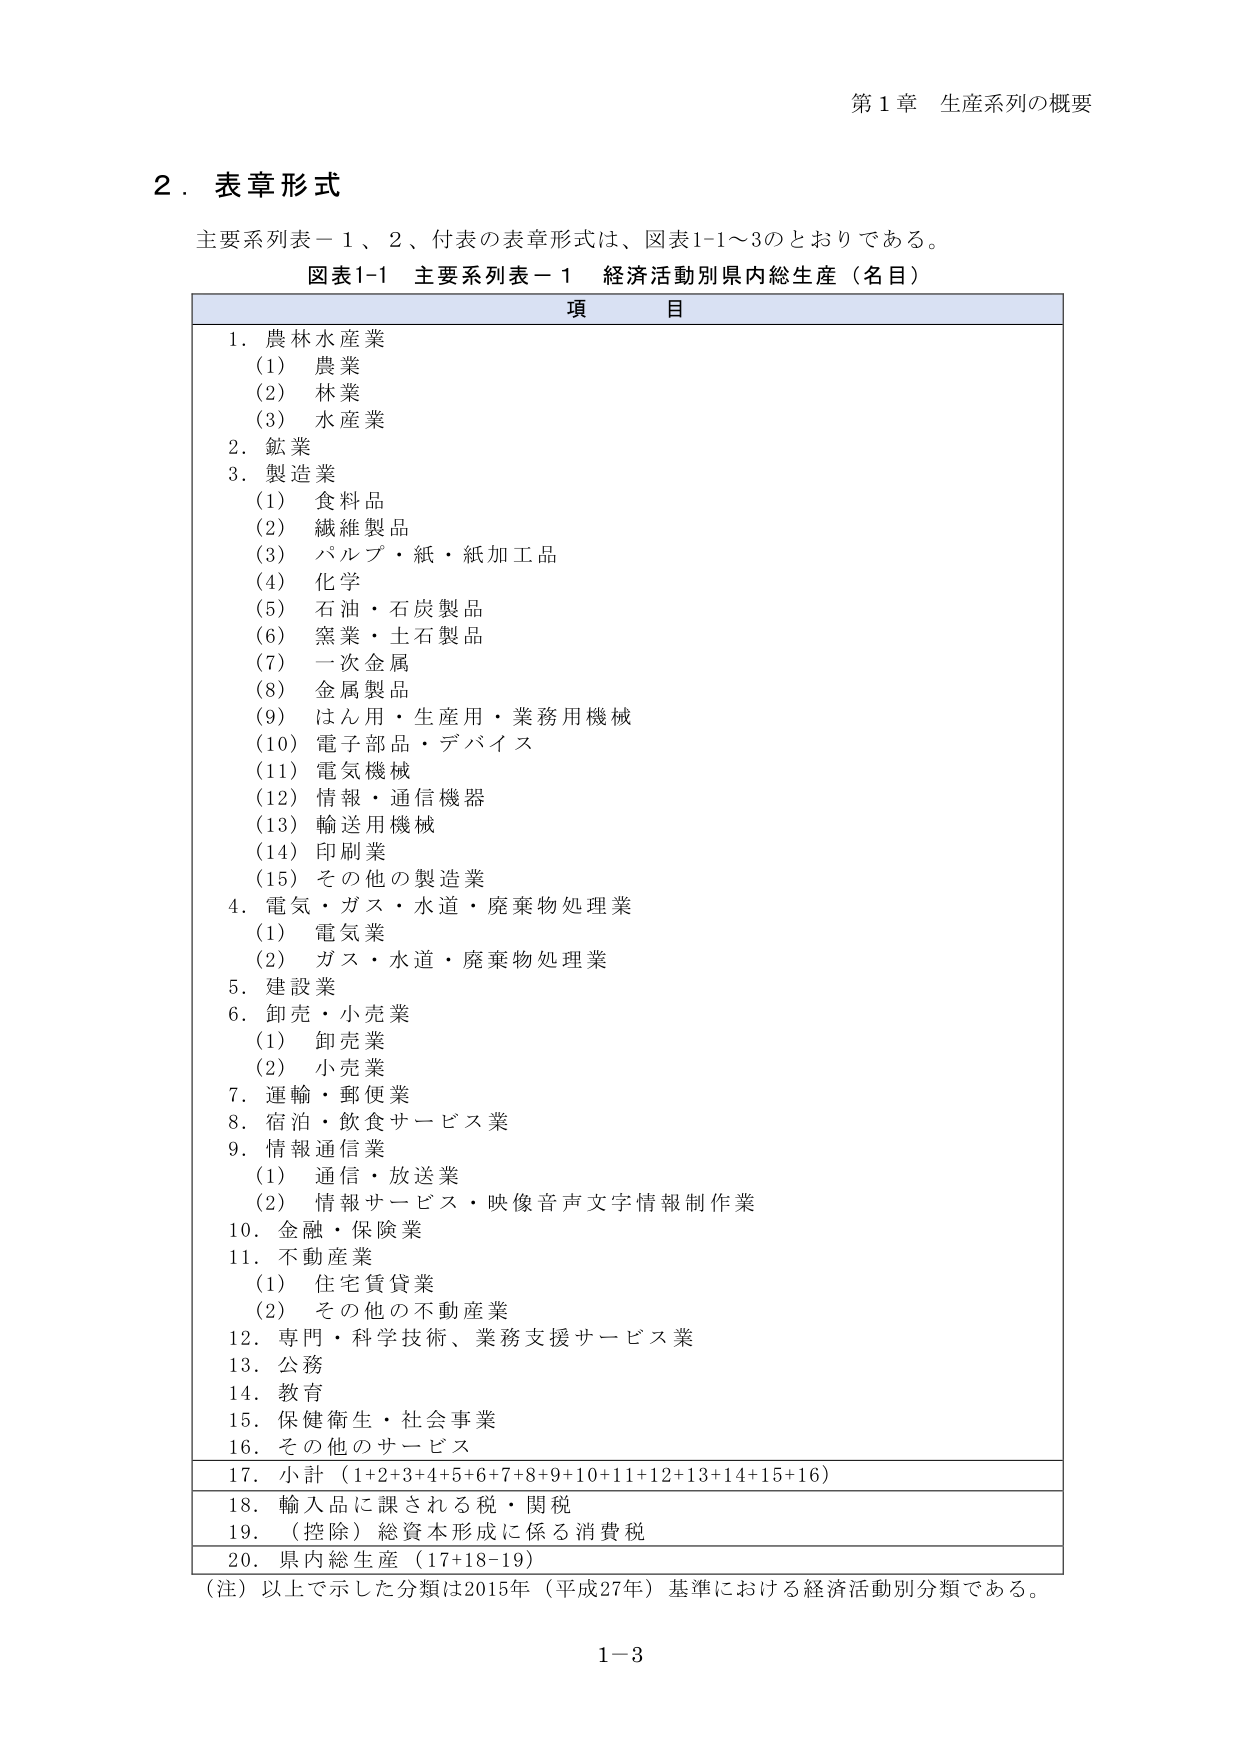
第１章 生産系列の概要

２．表章形式

主要系列表－１、２、付表の表章形式は、図表1-1～3のとおりである。

図表1-1 主要系列表－１ 経済活動別県内総生産（名目）

項　目

1．農林水産業
　(1) 農業
　(2) 林業
　(3) 水産業
2．鉱業
3．製造業
　(1) 食料品
　(2) 繊維製品
　(3) パルプ・紙・紙加工品
　(4) 化学
　(5) 石油・石炭製品
　(6) 窯業・土石製品
　(7) 一次金属
　(8) 金属製品
　(9) はん用・生産用・業務用機械
　(10) 電子部品・デバイス
　(11) 電気機械
　(12) 情報・通信機器
　(13) 輸送用機械
　(14) 印刷業
　(15) その他の製造業
4．電気・ガス・水道・廃棄物処理業
　(1) 電気業
　(2) ガス・水道・廃棄物処理業
5．建設業
6．卸売・小売業
　(1) 卸売業
　(2) 小売業
7．運輸・郵便業
8．宿泊・飲食サービス業
9．情報通信業
　(1) 通信・放送業
　(2) 情報サービス・映像音声文字情報制作業
10．金融・保険業
11．不動産業
　(1) 住宅賃貸業
　(2) その他の不動産業
12．専門・科学技術、業務支援サービス業
13．公務
14．教育
15．保健衛生・社会事業
16．その他のサービス

17．小計（1+2+3+4+5+6+7+8+9+10+11+12+13+14+15+16）
18．輸入品に課される税・関税
19．（控除）総資本形成に係る消費税
20．県内総生産（17+18-19）

（注）以上で示した分類は2015年（平成27年）基準における経済活動別分類である。

1－3